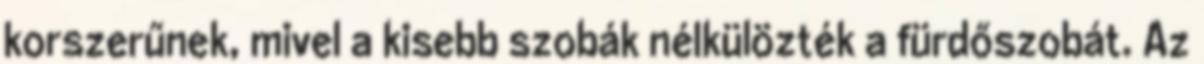
korszerűnek, mivel a kisebb szobák nélkülözték a fürdőszobát. Az